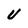
Character: U